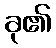
ခု၏